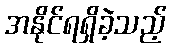
အနိုင်ရရှိခဲ့သည့်